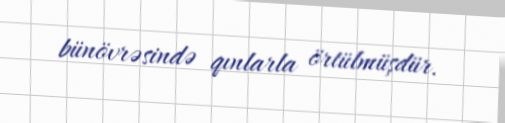
bünövrəsində qınlarla örtülmüşdür.